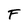
Character: F